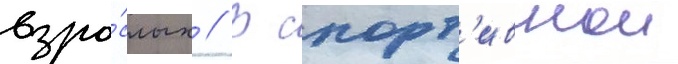
взро́слых // В спорт'ивнои